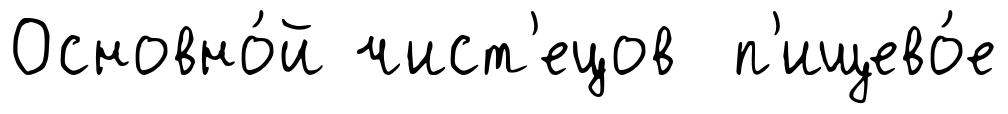
Основно́й чист'ецов п'ищево́е